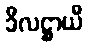
ခီလဋ္ဌာယီ